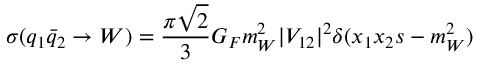
\sigma ( q _ { 1 } \bar { q } _ { 2 } \rightarrow W ) = \frac { \pi \sqrt { 2 } } { 3 } G _ { F } m _ { W } ^ { 2 } | V _ { 1 2 } | ^ { 2 } \delta ( x _ { 1 } x _ { 2 } s - m _ { W } ^ { 2 } )